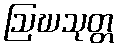
ဩဃသုတ္တ